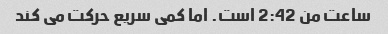
ساعت من 2:42 است. اما کمی سریع حرکت می کند